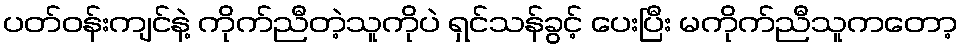
ပတ်ဝန်းကျင်နဲ့ ကိုက်ညီတဲ့သူကိုပဲ ရှင်သန်ခွင့် ပေးပြီး မကိုက်ညီသူကတော့